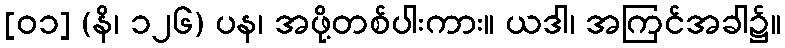
[၀၁] (နိ၊ ၁၂၆) ပန၊ အဖို့တစ်ပါးကား။ ယဒါ၊ အကြင်အခါ၌။